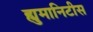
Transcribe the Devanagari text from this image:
ह्युमानिटीस